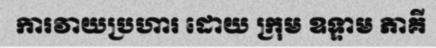
ការវាយប្រហារ ដោយ ក្រុម ឧទ្ទាម ភាគី